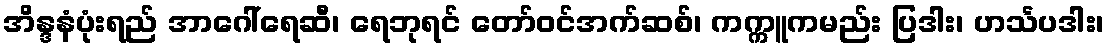
အိန္ဒနံပုံးရည် အာဂေါ်ရေဆီ၊ ရေဘုရင် တော်ဝင်အက်ဆစ်၊ ကက္ကူကမည်း ပြဒါး၊ ဟင်္သပဒါး၊